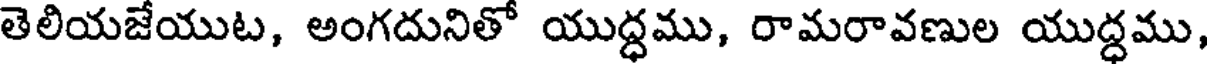
తెలియజేయుట, అంగదునితో యుద్ధము, రామరావణుల యుద్ధము,